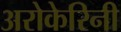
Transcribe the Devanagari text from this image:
अरोकेरिनी